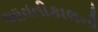
આવતીકાલની